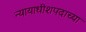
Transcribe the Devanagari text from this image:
न्यायाधीशपदाच्या